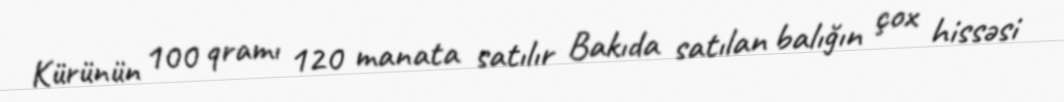
Kürünün 100 qramı 120 manata satılır Bakıda satılan balığın çox hissəsi